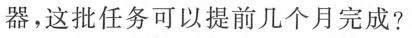
器，这批任务可以提前几个月完成?